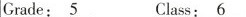
Grade:\underline{5}Class:\underline{6}